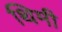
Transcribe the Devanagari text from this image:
थिमी